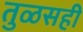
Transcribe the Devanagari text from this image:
तुळसही